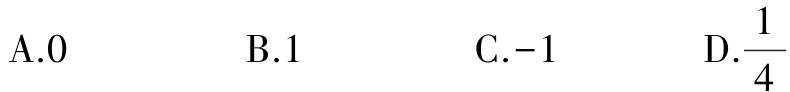
A.0 \quad B.1 \quad C.-1 \quad D.\frac{1}{4}